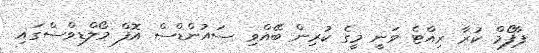
ޕާފޯމް ކުރާ ރިއްޓެ ވަނީ މީގެ ކުރިން ބޭއްވި ސައުންޑްސް އޮފް މޯލްޑިވްސްގައި